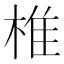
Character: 椎